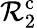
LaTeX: \mathcal{R}_{2}^{\mathrm{c}}